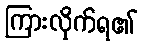
ကြားလိုက်ရ၏